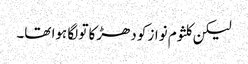
لیکن کلثوم نواز کو دھڑکا تو لگا ہوا تھا۔